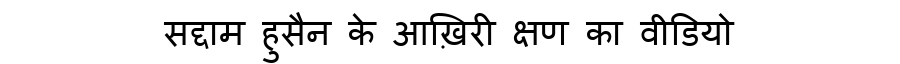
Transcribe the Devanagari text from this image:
सद्दाम हुसैन के आख़िरी क्षण का वीडियो